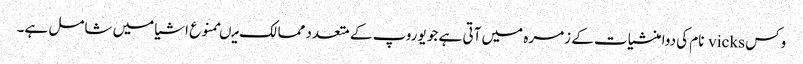
وکس vicks نام کی دوا منشیات کے زمرہ میں آتی ہے جو یوروپ کے متعدد ممالک میںممنوع اشیا میں شامل ہے۔